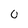
Character: 0